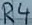
Text: R4